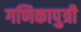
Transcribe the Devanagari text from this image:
गणिकापुत्री